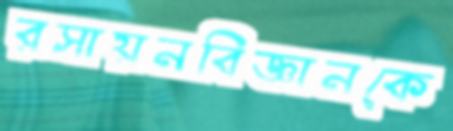
রসায়নবিজ্ঞানকে